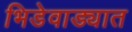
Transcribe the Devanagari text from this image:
भिडेवाड्यात